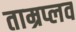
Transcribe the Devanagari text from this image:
ताम्रप्लव